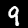
Digit: 9